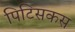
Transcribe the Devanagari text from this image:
पिटिसकस